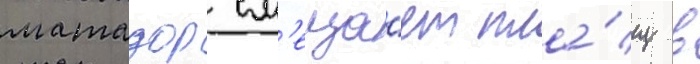
матадор см'еща́ет пла́щ в